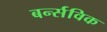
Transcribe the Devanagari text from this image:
बर्न्सविक